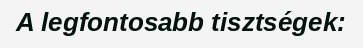
A legfontosabb tisztségek: